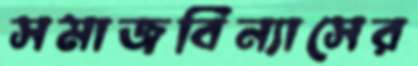
সমাজবিন্যাসের